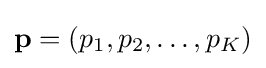
\mathbf {p} =(p_{1},p_{2},\dots ,p_{K})